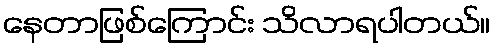
နေတာဖြစ်ကြောင်း သိလာရပါတယ်။